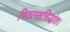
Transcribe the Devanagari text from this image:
पितामहसिद्धांत।